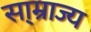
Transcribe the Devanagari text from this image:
सा्म्राज्य